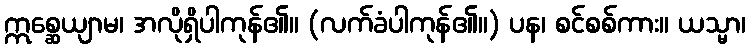
ဣစ္ဆေယျာမ၊ အလိုရှိပါကုန်၏။ (လက်ခံပါကုန်၏။) ပန၊ စင်စစ်ကား။ ယသ္မာ၊